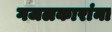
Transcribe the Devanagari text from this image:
गजलकारांना